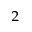
^ 2